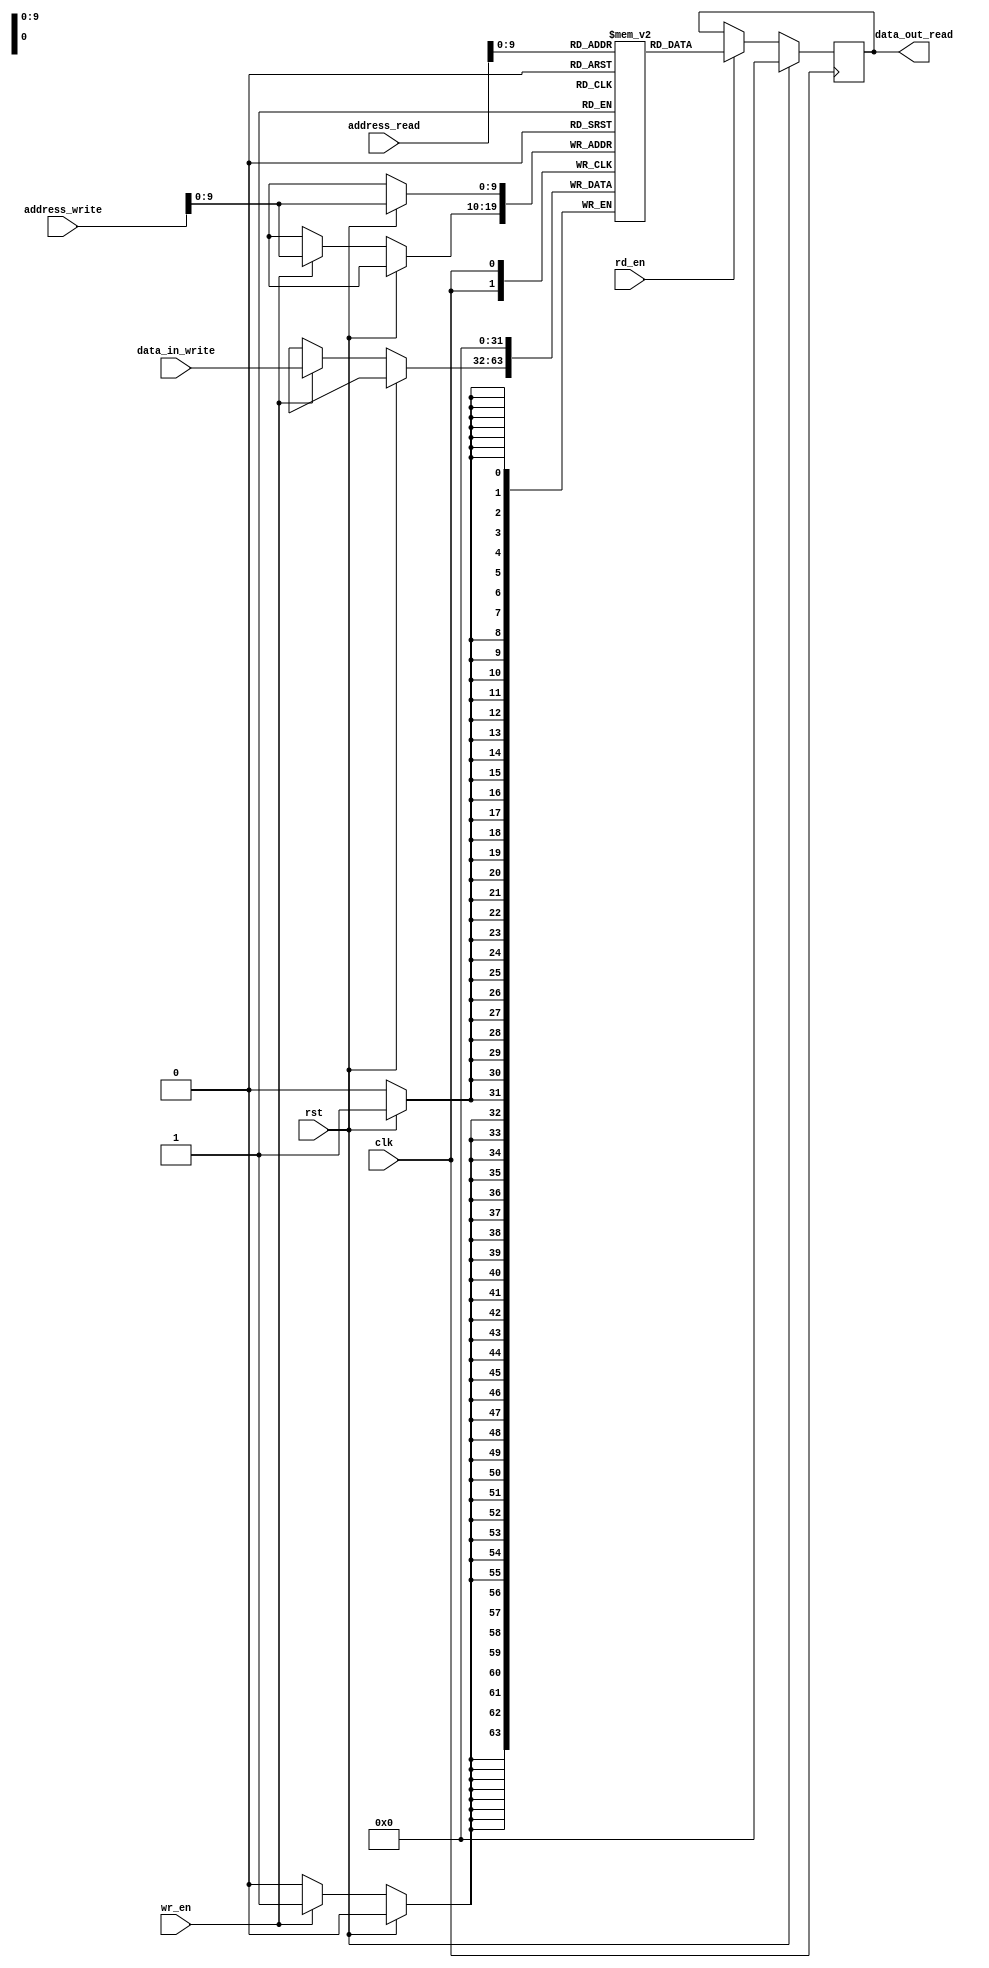
module dual_port_ram_pipeline (
    input wire clk,
    input wire rst, 
    input wire [31:0] address_read,
    input wire rd_en,
    output reg [31:0] data_out_read,
    input wire [31:0] data_in_write,
    input wire [31:0] address_write,
    input wire wr_en
);

reg [31:0] mem [0:1023]; // define the memory as a dual ported memory with 1024 locations

reg [31:0] data_out_read_reg; // create a register to hold the output data

always @(posedge clk) begin
    if (rst) begin
        data_out_read_reg <= 32'h0; // initialize the output data register
    end else begin
        if (rd_en) begin
            data_out_read_reg <= mem[address_read]; // read data from memory based on read address
        end
    end
end

// pipeline read/write operations
always @(posedge clk) begin
    if (rst) begin
        mem[address_write] <= 32'h0; // initialize memory locations
    end else begin
        if (wr_en) begin
            mem[address_write] <= data_in_write; // write data to memory based on write address
        end
    end
end

assign data_out_read = data_out_read_reg;

endmodule